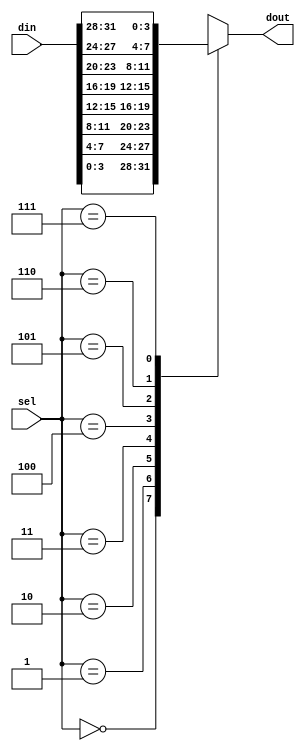
`timescale 1ns / 1ps

module Mux32_4(
    input [31:0] din,
    input [2:0] sel,
    output reg [3:0] dout
    );
    always @(*) begin
        case(sel)
        3'b000: dout = din[3:0];
        3'b001: dout = din[7:4];
        3'b010: dout = din[11:8];
        3'b011: dout = din[15:12];
        3'b100: dout = din[19:16];
        3'b101: dout = din[23:20];
        3'b110: dout = din[27:24];
        3'b111: dout = din[31:28];
        endcase
    end
endmodule